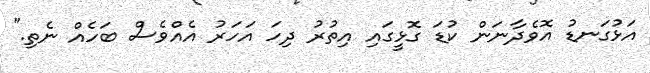
އަޅުގަނޑު އޮވެދާނަން ކުޑަ ގޮޅީގައި އިތުރު ދިހަ އަހަރު އެއްވެސް ބަހެއް ނެތި."